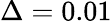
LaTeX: \Delta=0.01